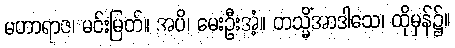
မဟာရာဇ၊ မင်းမြတ်။ အပိ၊ မေးဦးအံ့။ တသ္မိံအာဒါသေ၊ ထိုမှန်၌။